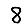
Digit: 8